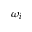
\omega _ { i }